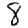
Digit: 8